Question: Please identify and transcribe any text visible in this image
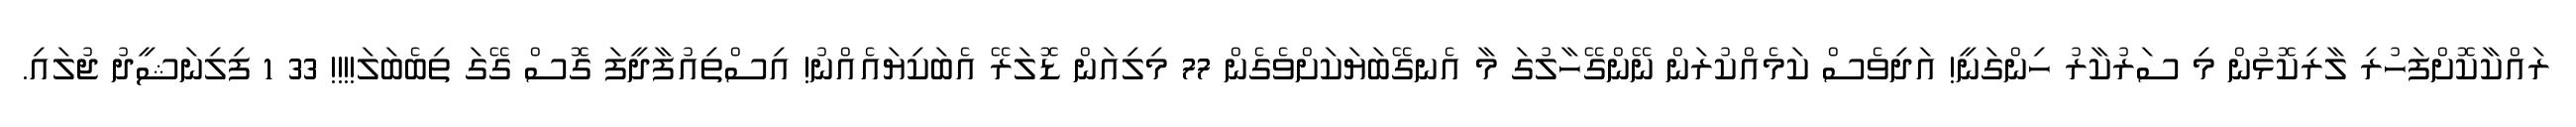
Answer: ރައްކާކޮށްފަހުރި ލާރިކޮޅުން މި ސަރުކާރު ހިންގަނީ! އަދިވެސް ކަމެއްކުރަން ނޭންގޭހާލުގަ މާ އެނގޭބަޔަކަށްވެގެން 77 މިލިއަން ޑޮލަރޭ އެބަކިޔައެއްނު! އިސްތިއުފާދީފަ ގޮސް ގޭގަ ތިބެބަލަ!!!! 33 1 ފިލިނަޝީދު ޖުލައި.